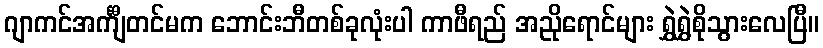
ဂျာကင်အင်္ကျီတင်မက ဘောင်းဘီတစ်ခုလုံးပါ ကာဖီရည် အညိုရောင်များ ရွှဲရွှဲစိုသွားလေပြီ။